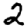
Digit: 2